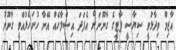
އާޒިމް ވިދާޅުވީ ސިޔާސީ ޕާޓީގެ ގާނޫނަށް އެފަދަ އިސްލާހެއް އޭނާ ހުށަހެޅުއްވީ ގާނޫނު